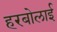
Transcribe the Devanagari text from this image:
हरबोलाई